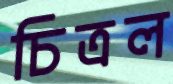
চিত্রল